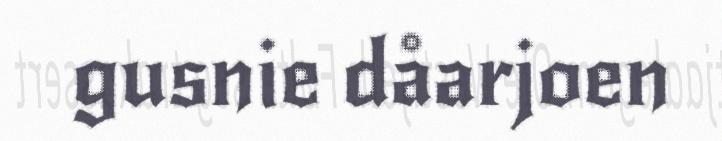
gusnie dåarjoen